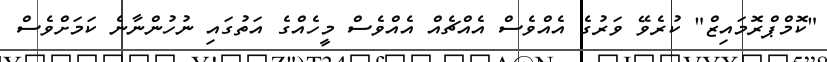
"ކޮމްޕްރޮމައިޒް" ކުރެވޭ ވަރުގެ އެއްވެސް އެއްޗެއް އެއްވެސް މީހެއްގެ އަތުގައި ނުހުންނާނެ ކަމަށްވެސް